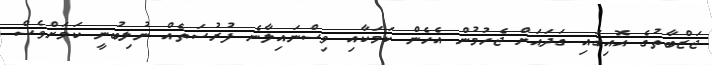
ޖަޒްބާތުގެ އޮއިގައި ގަދައަށް ޖެހުމުން އެހެން ކަމަކާއި ވިސްނައިލާނެ ފުރުސަތެއް ނުލިބުނީ ކަމަށްވެސް